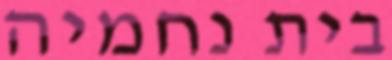
בית נחמיה